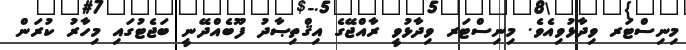
މިނިސްޓަރ ވިދާޅުވިއެވެ. މިނިސްޓަރ ވިދާޅުވީ ރާއްޖޭގެ އިޤްތިޞާދު ފޫބެއްދޭނީ ބަޖެޓުގައި މިހާރު ކުރަން